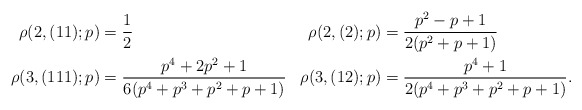
\begin{align*} \rho(2,(11);p) &= \frac{1}{2} &\rho(2,(2);p) &= \frac{p^2-p+1}{2(p^2+p+1)}\\ \rho(3,(111);p) &= \frac{p^4+2p^2+1}{6(p^4+p^3+p^2+p+1)} &\rho(3,(12);p) &= \frac{p^4+1}{2(p^4+p^3+p^2+p+1)}.\end{align*}